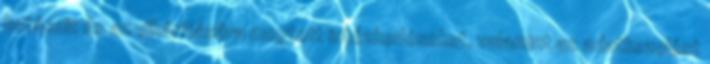
hatásait és az elhárítására megtett intézkedéseket, valamint az adatkezelést